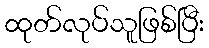
ထုတ်လုပ်သူဖြစ်ပြီး